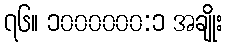
၇၆။ ၁၀၀၀၀၀၀:၁ အချိုး